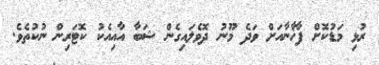
ރުޅި މަޑުކޮށް ފާޚާނާއަށް ވަދެ މޫނު ދޮވެލައިގެން ޝަބާ އާއިއެކު ކޮޓަރިން ނުކުތެވެ.